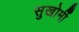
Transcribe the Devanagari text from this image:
सुखोर्मी